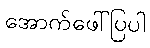
အောက်ဖေါ်ပြပါ